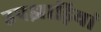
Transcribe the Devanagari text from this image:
उपझाड़ियां